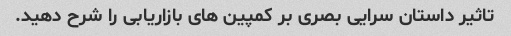
تاثیر داستان سرایی بصری بر کمپین های بازاریابی را شرح دهید.